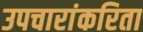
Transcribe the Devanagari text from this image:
उपचारांकरिता